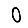
Digit: 0